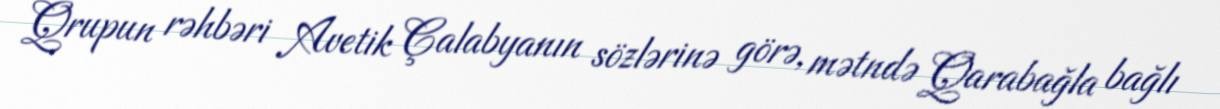
Qrupun rəhbəri Avetik Çalabyanın sözlərinə görə, mətndə Qarabağla bağlı